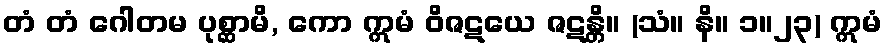
တံ တံ ဂေါတမ ပုစ္ဆာမိ, ကော ဣမံ ဝိဇဋယေ ဇဋန္တိ။ (သံ။ နိ။ ၁။၂၃) ဣမံ